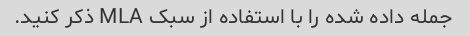
جمله داده شده را با استفاده از سبک MLA ذکر کنید.